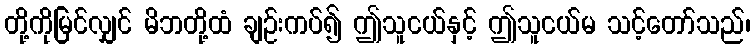
တို့ကိုမြင်လျှင် မိဘတို့ထံ ချဉ်းကပ်၍ ဤသူငယ်နှင့် ဤသူငယ်မ သင့်တော်သည်၊